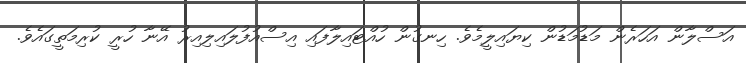
އަސްލާން އަހަރެން މަޑުމަޑުން ކިޔައިލީމެވެ. ހިނގުން ހުއްޓައިލާފައި އިސްއުފުލައިލިއިރު އޭނާ ހުރީ ކުރިމަތީގައެވެ.